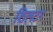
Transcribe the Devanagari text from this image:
शिलटन